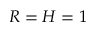
R = H = 1